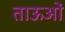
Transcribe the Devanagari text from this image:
ताऊओं